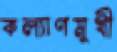
কল্যাণমুখী